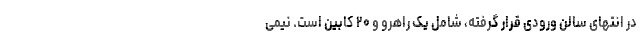
در انتهای سالن ورودی قرار گرفته، شامل یک راهرو و ۲۰ کابین است. نیمی